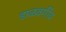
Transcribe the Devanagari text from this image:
डाळवर्गीय